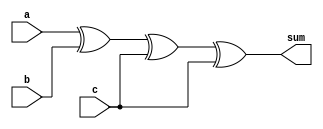
module carry_save_adder (
    input wire [15:0] a,
    input wire [15:0] b,
    input wire [15:0] c,
    output wire [15:0] sum
);

wire [15:0] p, g;

assign p = (a ^ b) ^ c;
assign g = (a & b) | (b & c) | (c & a);

assign sum = p ^ c;
endmodule